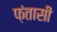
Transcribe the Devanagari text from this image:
फ़ंतासी